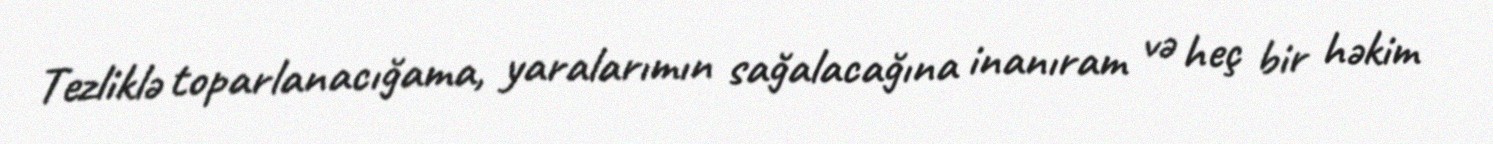
Tezliklə toparlanacığama, yaralarımın sağalacağına inanıram və heç bir həkim